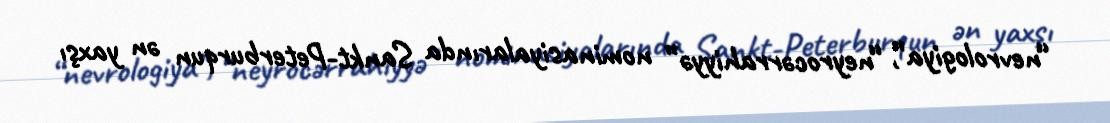
“nevrologiya”, “neyrocərrahiyyə” nominasiyalarında Sankt-Peterburqun ən yaxşı